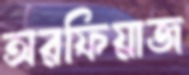
অরফিয়াজ